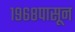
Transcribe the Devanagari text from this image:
१९६८पासून